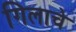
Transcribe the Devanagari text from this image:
गिलाचे